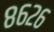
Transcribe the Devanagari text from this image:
८६२६